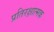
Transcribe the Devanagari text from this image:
प्रतिरक्षात्‍मक